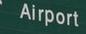
airport